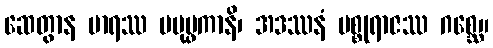
ဆေတွာန မာရဿ ပပုပ္ဖကာနိ၊ အဒဿနံ မစ္စုရာဇဿ ဂစ္ဆေ။